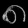
Digit: ၈